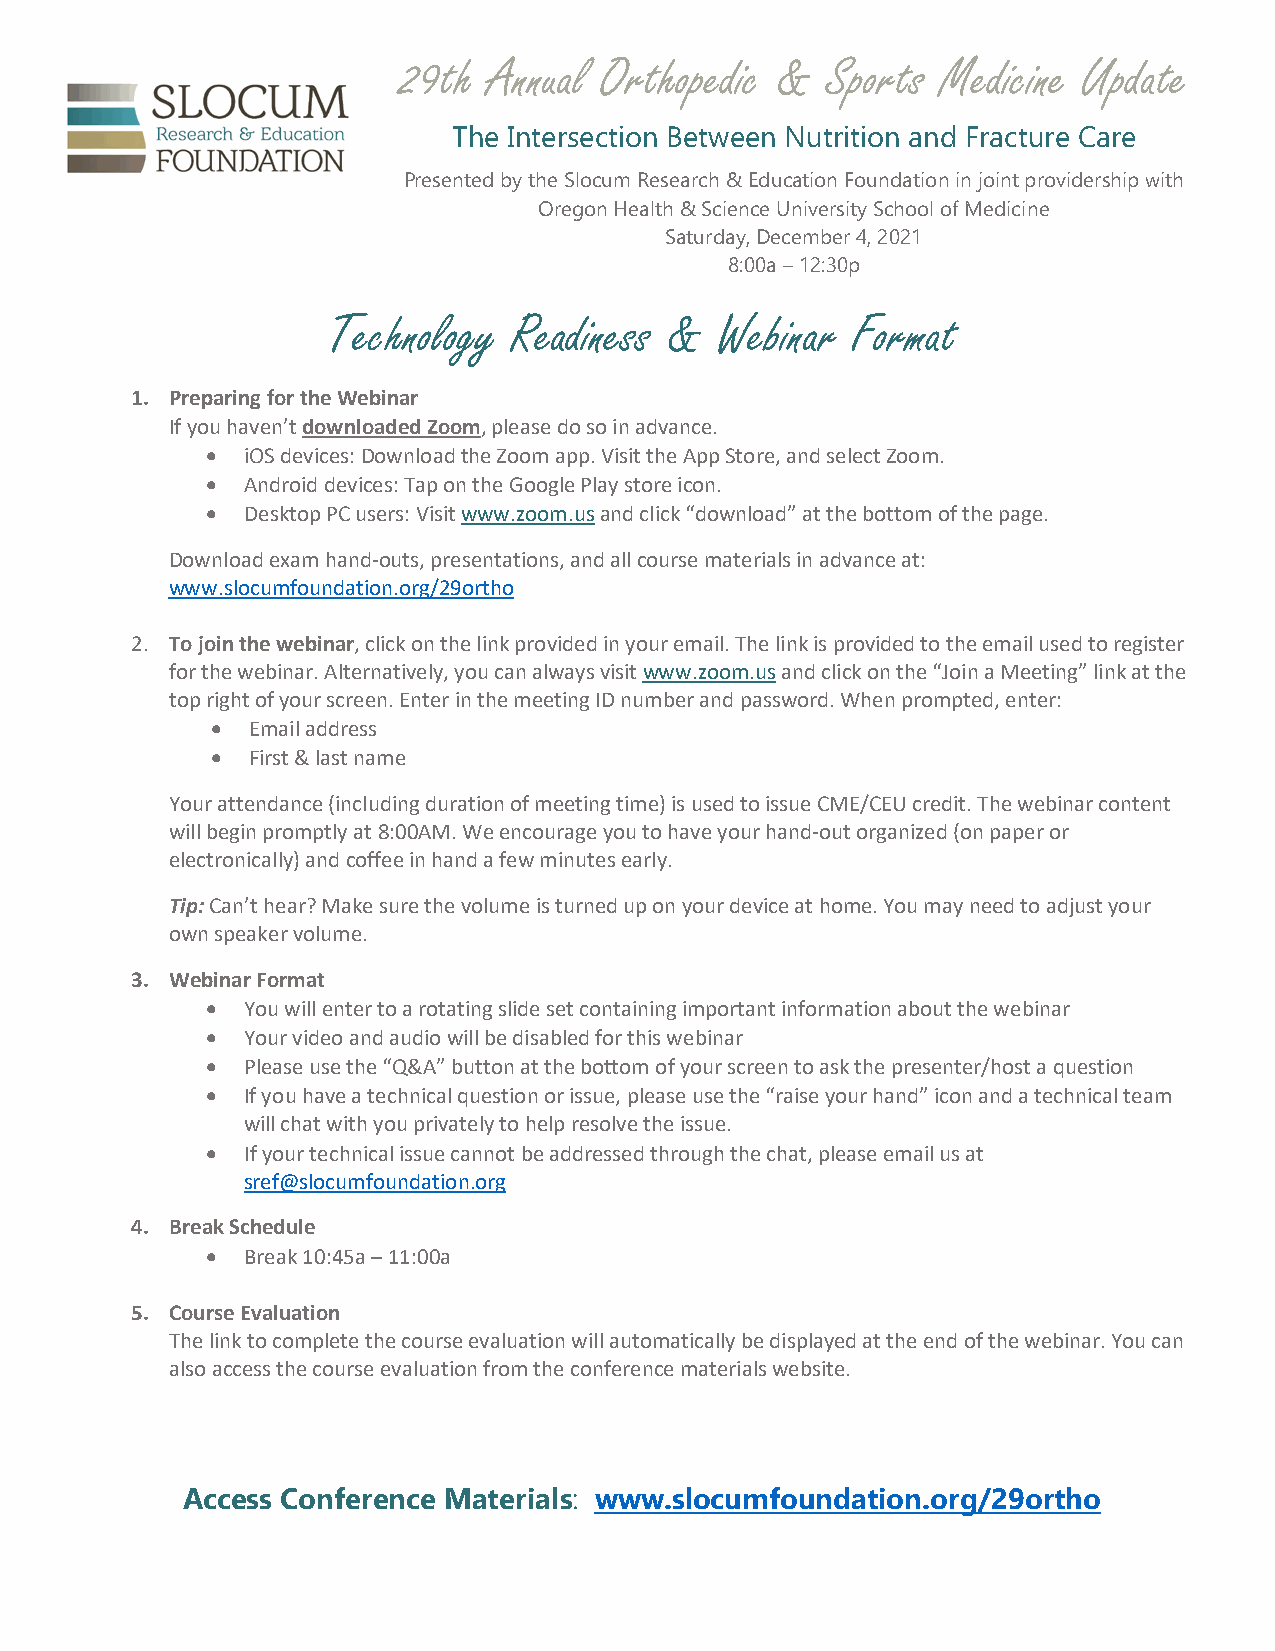
29th Annual  Orthopedic &   Sports Medicine  Update
 The Intersection Between Nutrition and Fracture Care
 Presented by the Slocum Research & Education Foundation in joint providership with
 Oregon Health & Science University School of Medicine
 Saturday, December 4, 2021
 8:00a – 12:30p
 Technology  Readiness &  Webinar  Format
 1. Preparing for the Webinar
 If you haven’t downloaded Zoom, please do so in advance.
 • iOS devices: Download the Zoom app. Visit the App Store, and select Zoom.
 • Android devices: Tap on the Google Play store icon.
 • Desktop PC users: Visit www.zoom.us and click “download” at the bottom of the page.
 Download exam hand-outs, presentations, and all course materials in advance at:
 www.slocumfoundation.org/29ortho
 2. To join the webinar, click on the link provided in your email. The link is provided to the email used to register
 for the webinar. Alternatively, you can always visit www.zoom.us and click on the “Join a Meeting” link at the
 top right of your screen. Enter in the meeting ID number and password. When prompted, enter:
 • Email address
 • First & last name
 Your attendance (including duration of meeting time) is used to issue CME/CEU credit. The webinar content
 will begin promptly at 8:00AM. We encourage you to have your hand-out organized (on paper or
 electronically) and coffee in hand a few minutes early.
 Tip: Can’t hear? Make sure the volume is turned up on your device at home. You may need to adjust your
 own speaker volume.
 3. Webinar Format
 • You will enter to a rotating slide set containing important information about the webinar
 • Your video and audio will be disabled for this webinar
 • Please use the “Q&A” button at the bottom of your screen to ask the presenter/host a question
 • If you have a technical question or issue, please use the “raise your hand” icon and a technical team
 will chat with you privately to help resolve the issue.
 • If your technical issue cannot be addressed through the chat, please email us at
 sref@slocumfoundation.org
 4. Break Schedule
 • Break 10:45a – 11:00a
 5. Course Evaluation
 The link to complete the course evaluation will automatically be displayed at the end of the webinar. You can
 also access the course evaluation from the conference materials website.
 Access Conference Materials: www.slocumfoundation.org/29ortho